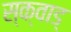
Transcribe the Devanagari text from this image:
स्क्वाड्